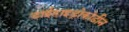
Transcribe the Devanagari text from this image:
डाईहाइड्रोकोडीन